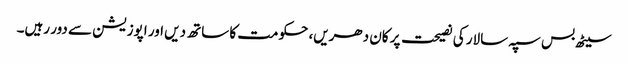
سیٹھ بس سپہ سالار کی نصیحت پر کان دھریں، حکومت کا ساتھ دیں اور اپوزیشن سے دور رہیں۔